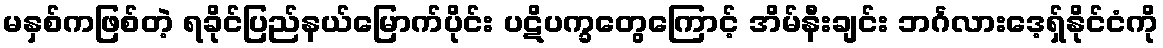
မနှစ်ကဖြစ်တဲ့ ရခိုင်ပြည်နယ်မြောက်ပိုင်း ပဋိပက္ခတွေကြောင့် အိမ်နီးချင်း ဘင်္ဂလားဒေ့ရ်ှနိုင်ငံကို